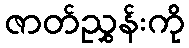
ဇာတ်ညွှန်းကို